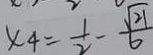
x _ { 4 } = \frac { 1 } { 2 } - \frac { \sqrt { 2 1 } } { 6 }